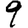
Digit: 9